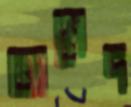
অমেদ